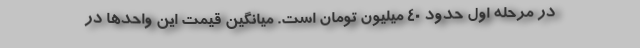
در مرحله اول حدود ۴۰ میلیون تومان است. میانگین قیمت این واحدها در